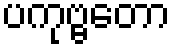
ပကုဗ္ဗတော